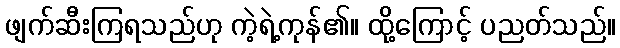
ဖျက်ဆီးကြရသည်ဟု ကဲ့ရဲ့ကုန်၏။ ထို့ကြောင့် ပညတ်သည်။